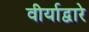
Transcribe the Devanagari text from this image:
वीर्याद्वारे